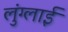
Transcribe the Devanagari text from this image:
लुंग्लाई